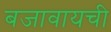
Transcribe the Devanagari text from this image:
बजावायची